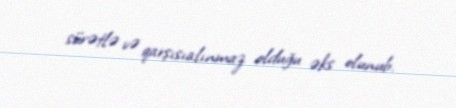
sürətlə və qarşısıalınmaz olduğu əks olunub.